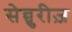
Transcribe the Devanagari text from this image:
सेन्चुरीज़